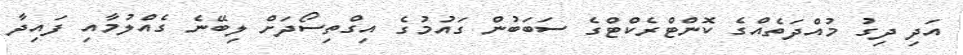
އަދި ދިގު މުއްދަތެއްގެ ކޮންޓްރެކްޓްގެ ސަބަބުން ގައުމުގެ އިގްތިސޯދަށް ލިބޭނެ ގެއްލުމާއި ފައިދާ